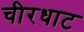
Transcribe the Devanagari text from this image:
चीरधाट